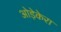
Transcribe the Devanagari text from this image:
ओड़ेकेरा